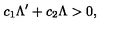
c _ { 1 } \Lambda ^ { \prime } + c _ { 2 } \Lambda > 0 ,